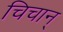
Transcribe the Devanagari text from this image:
चिचान्